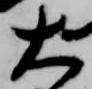
大